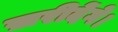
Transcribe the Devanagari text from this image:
ख़रीदेंगे।